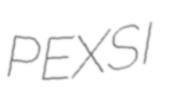
PEXSI